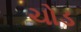
ચોડ